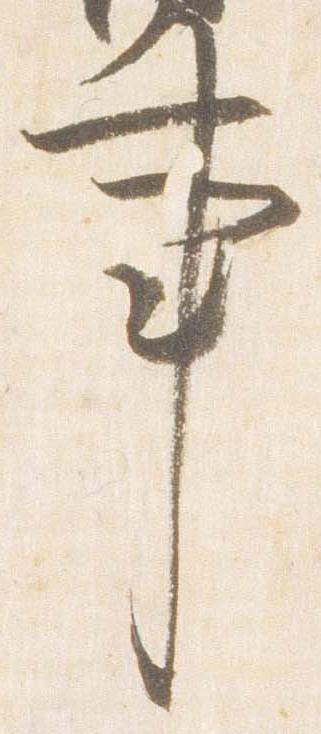
事